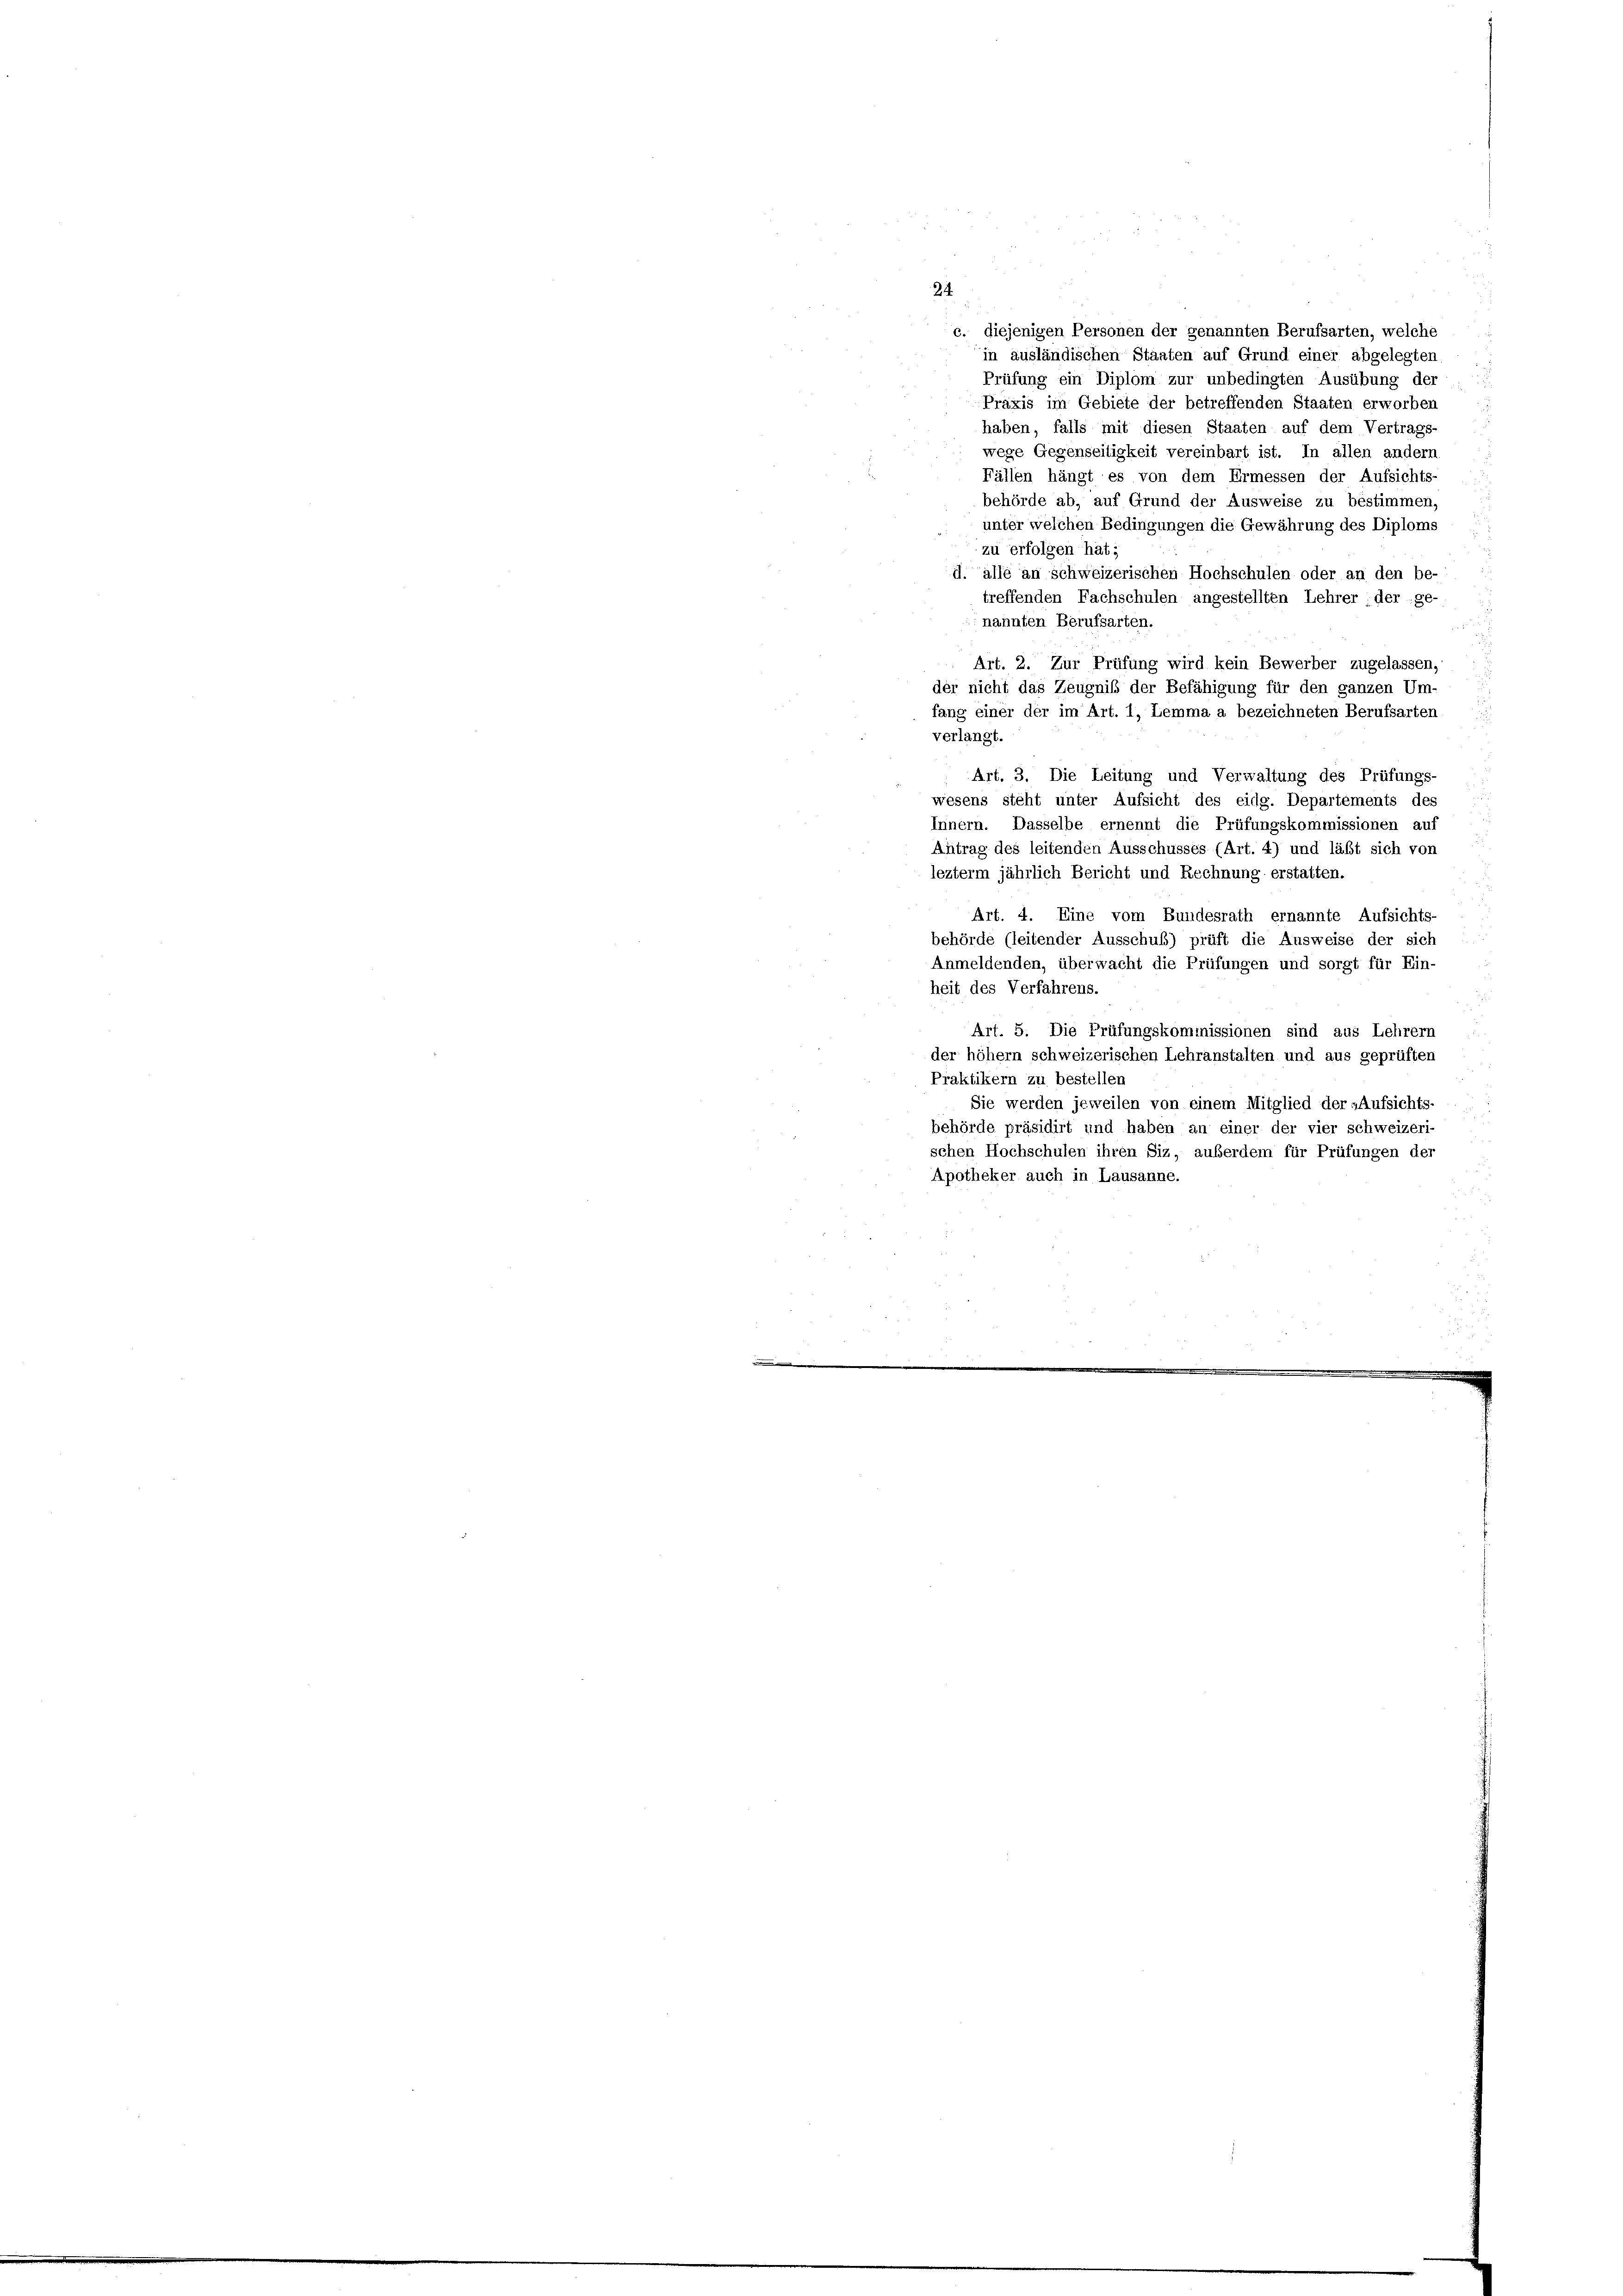
24.
c. diejenigen Personen der genannten Berufsarten, welche
in ausländischen Staaten auf Grund einer abgelegten
Prüfung ein Diplom zur unbedingten Ausübung der
Praxis im Gebiete der betreffenden Staaten erworben
haben, falls mit diesen Staaten auf dem Vertrags-
wege Gegenseitigkeit vereinbart ist. In allen andern
Fällen hängt es von dem Ermessen der Aufsichts-
behörde ab, auf Grund der Ausweise zu bestimmen.
unter welchen Bedingungen die Gewährung des Diploms
zu erfolgen hat;
d. alle an schweizerischen Hochschulen oder an den be-
treffenden Fachschulen angestellten Lehrer: der ge-
nannten Berufsarten.
Art. 2. Zur Prüfung wird kein Bewerber zugelassen,
der nicht das Zeugniß der Befähigung für den ganzen Um-
fang einer der im Art. 1, Lemma a bezeichneten Berufsarten
verlangt.
Art. 3. Die Leitung und Verwaltung des Prüfungs-
wesens steht unter Aufsicht des eidg. Departements des
Innern. Dasselbe ernennt die Prüfungskommissionen auf
Antrag des leitenden Ausschusses (Art. 4) und läßt sich von
lezterm jährlich Bericht und Rechnung erstatten.
Art. 4. Eine vom Bundesrath ernannte Aufsichts-
behörde (leitender Ausschuß) prüft die Ausweise der sich
Anmeldenden, überwacht die Prüfungen und sorgt für Ein-
heit des Verfahrens.
Art. 5. Die Prüfungskommissionen sind aus Lehrern
der höher schweizerischen Lehranstalten und aus geprüften
Praktikern zu bestellen
Sie werden jeweilen von einem Mitglied der »Aufsichts-
behörde präsidirt und haben an einer der vier schweizeri-
schen Hochschulen ihren Siz, außerdem für Prüfungen der
Apotheker auch in Lausanne.